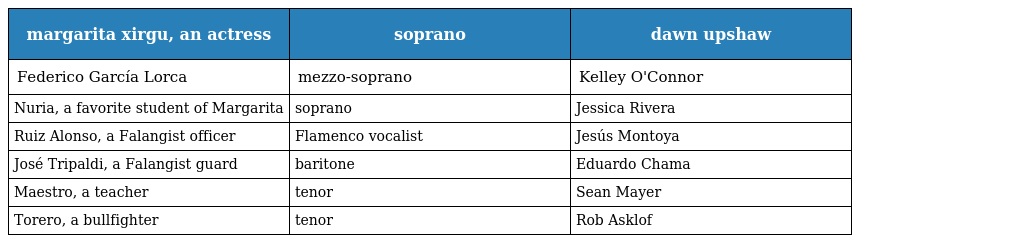
| margarita xirgu, an actress | soprano | dawn upshaw |
 | --- | --- | --- |
 | Federico García Lorca | mezzo-soprano | Kelley O'Connor |
 | Nuria, a favorite student of Margarita | soprano | Jessica Rivera |
 | Ruiz Alonso, a Falangist officer | Flamenco vocalist | Jesús Montoya |
 | José Tripaldi, a Falangist guard | baritone | Eduardo Chama |
 | Maestro, a teacher | tenor | Sean Mayer |
 | Torero, a bullfighter | tenor | Rob Asklof |